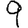
Digit: 9